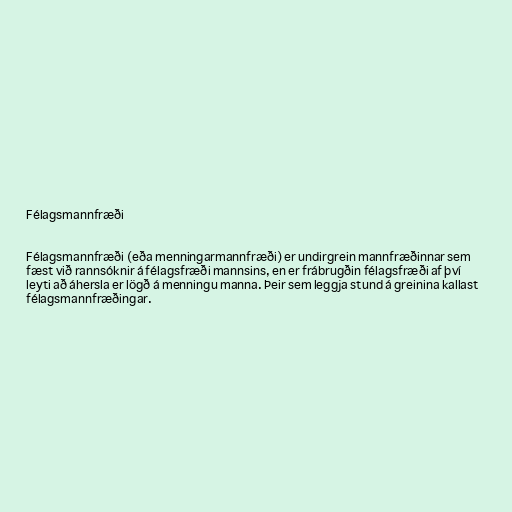
Félagsmannfræði

Félagsmannfræði (eða menningarmannfræði) er undirgrein mannfræðinnar sem
fæst við rannsóknir á félagsfræði mannsins, en er frábrugðin félagsfræði af því
leyti að áhersla er lögð á menningu manna. Þeir sem leggja stund á greinina kallast
félagsmannfræðingar.